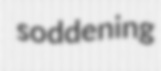
soddening